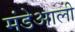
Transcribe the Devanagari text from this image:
मंडेआली